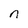
Character: n